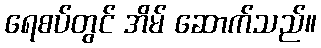
ရေစပ်တွင် အိမ် ဆောက်သည်။